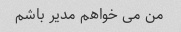
من می خواهم مدیر باشم